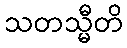
သတသ္မီတိ